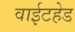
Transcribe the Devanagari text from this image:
वाईटहेड